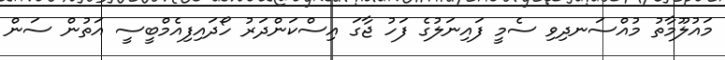
މައުލޫމާތު މުއްސަނދިވި ސެމީ ފައިނަލުގެ ފަހު ޖާގަ އިސްކަންދަރު ހޯދައިފިއެމްބީސީ އަތުން ސަން